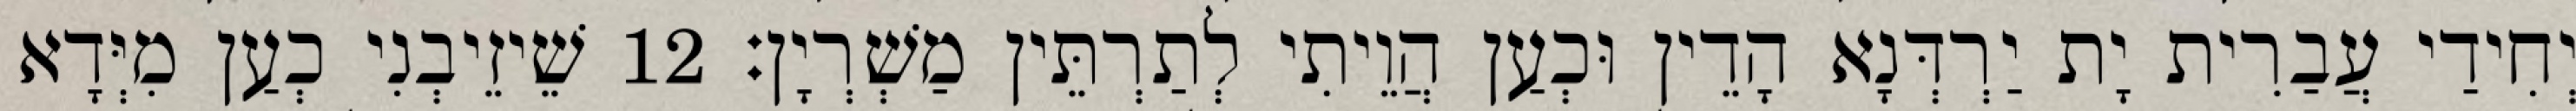
יְחִידַי עֲבַרִית יָת יַרְדְּנָא הָדֵין וּכְעַן הֲוֵיתִי לְתַרְתֵּין מַשְׁרְיָן׃ 12 שֵׁיזֵיבְנִי כְעַן מִיְּדָא